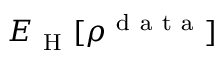
E _ { \mathrm { ~ H ~ } } [ \rho ^ { \mathrm { ~ d ~ a ~ t ~ a ~ } } ]